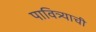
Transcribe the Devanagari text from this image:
पावित्र्याची